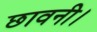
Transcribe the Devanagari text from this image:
छावनी।